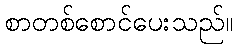
စာတစ်စောင်ပေးသည်။